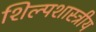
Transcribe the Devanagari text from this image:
शिल्पशास्त्रीय